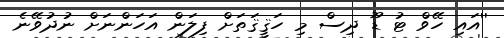
''އައި ހޭވް ޓު ޑޫ ދިސް މި ހަޤީޤަތަށް ފިލަން އަހަންނަށް ނުދުވޭނެ